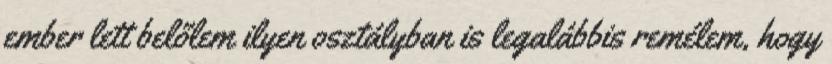
ember lett belőlem ilyen osztályban is legalábbis remélem, hogy